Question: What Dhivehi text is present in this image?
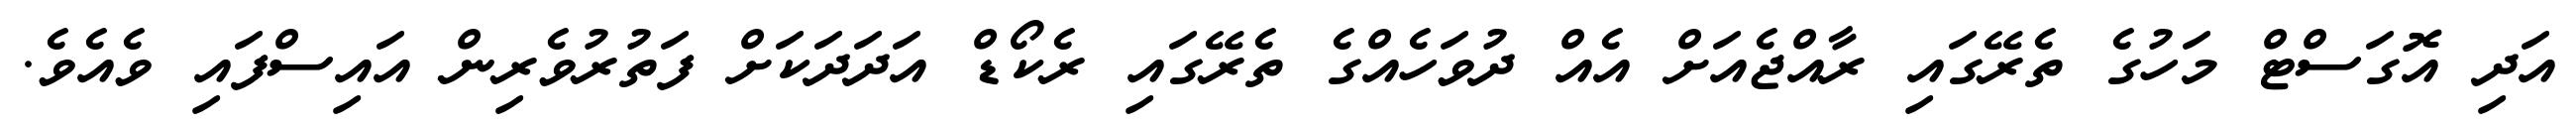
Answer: އަދި އޮގަސްޓް މަހުގެ ތެރޭގައި ރާއްޖެއަށް އެއް ދުވަހެއްގެ ތެރޭގައި ރެކޯޑް އަދަދަކަށް ފަތުރުވެރިން އައިސްފައި ވެއެވެ.